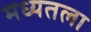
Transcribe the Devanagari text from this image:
मध्यतला